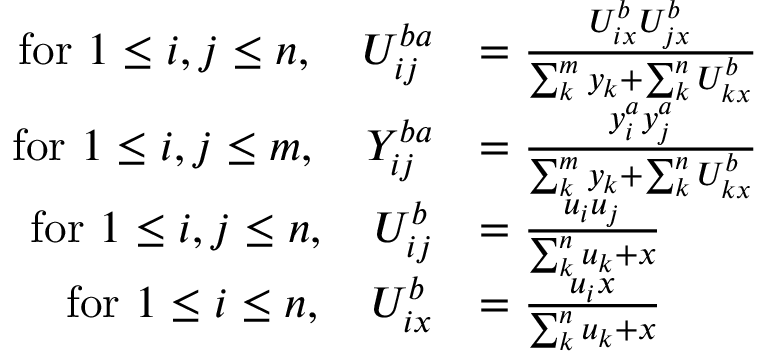
\begin{array} { r l } { \mathrm { f o r ~ } 1 \leq i , j \leq n , ~ ~ ~ U _ { i j } ^ { b a } } & { = \frac { U _ { i x } ^ { b } U _ { j x } ^ { b } } { \sum _ { k } ^ { m } y _ { k } + \sum _ { k } ^ { n } U _ { k x } ^ { b } } } \\ { \mathrm { f o r ~ } 1 \leq i , j \leq m , ~ ~ ~ Y _ { i j } ^ { b a } } & { = \frac { y _ { i } ^ { a } y _ { j } ^ { a } } { \sum _ { k } ^ { m } y _ { k } + \sum _ { k } ^ { n } U _ { k x } ^ { b } } } \\ { \mathrm { f o r ~ } 1 \leq i , j \leq n , ~ ~ ~ U _ { i j } ^ { b } } & { = \frac { u _ { i } u _ { j } } { \sum _ { k } ^ { n } u _ { k } + x } } \\ { \mathrm { f o r ~ } 1 \leq i \leq n , ~ ~ ~ U _ { i x } ^ { b } } & { = \frac { u _ { i } x } { \sum _ { k } ^ { n } u _ { k } + x } } \end{array}